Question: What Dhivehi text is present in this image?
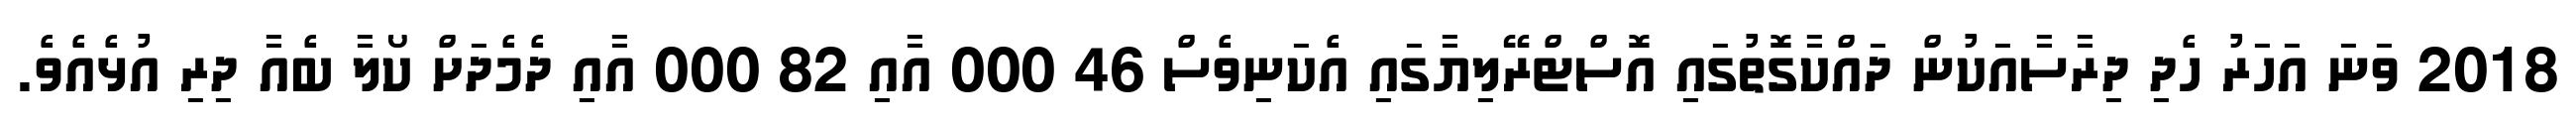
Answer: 2018 ވަނަ އަހަރު ހެދި ދިރާސާއަކުން ދައްކާގޮތުގައި އޮސްޓްރޭލިޔާގައި އެކަނިވެސް 46 000 އާއި 82 000 އާއި ދެމެދަށް ކޯލާ ބެއާ ދިރި އުޅެއެވެ.